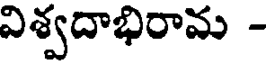
విశ్వదాభిరామ -